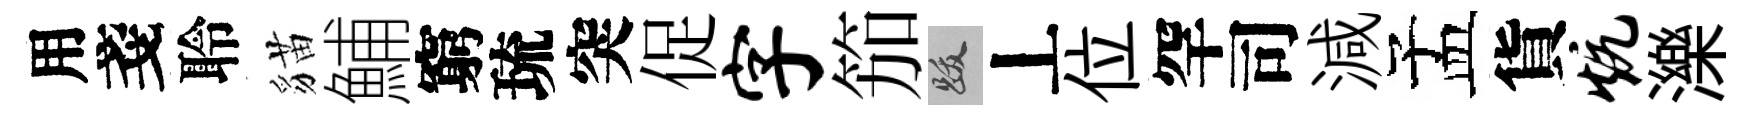
用戔聆貓鯆窮琉突促字笳跋丄位罕司減孟貨炕濼